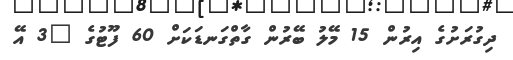
ދިގުރަށުގެ އިރުން 15 މޭލު ބޭރުން ގާތްގަނޑަކަށް 60 ފޫޓުގެ "3 އޭ